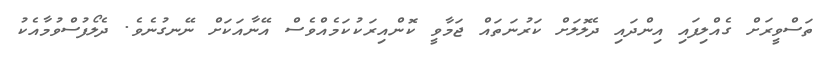
ތަސްވީރަށް ގެއްލިފައި އިންދައި ދެލޮލަށް ކަރުނަތައް ޖަމާވީ ކޮންއިރަކުކަމެއްވެސް އޭނާއަކަށް ނޭނގުނެވެ. ދެލޯފުސްވުމާއެކު